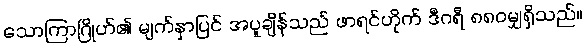
သောကြာဂြိုဟ်၏ မျက်နှာပြင် အပူချိန်သည် ဖာရင်ဟိုက် ဒီဂရီ ၈၈၀မျှရှိသည်။